Report on lock hospitals in British Burma
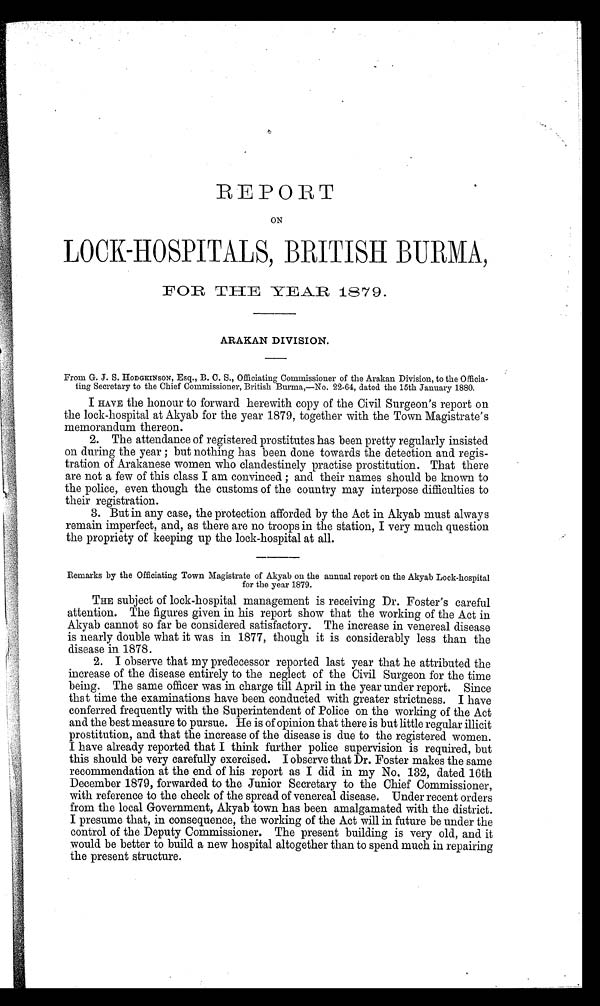
REPORT
ON
LOCK-HOSPITALS, BRITISH BURMA,
FOR THE YEAR 1879.
ARAKAN DIVISION.
From G. J. S. HODGKINSON, Esq., B. C. S., Officiating Commissioner of the Arakan Division, to the Officia-
ting Secretary to the Chief Commissioner, British Burma,—No. 22–64, dated the 15th January 1880.
I HAVE the honour to forward herewith copy of the Civil Surgeon's report on
the lock-hospital at Akyab for the year 1879, together with the Town Magistrate's
memorandum thereon.
2. The attendance of registered prostitutes has been pretty regularly insisted
on during the year ; but nothing has been done towards the detection and regis-
tration of Arakanese women who clandestinely practise prostitution. That there
are not a few of this class I am convinced ; and their names should be known to
the police, even though the customs of the country may interpose difficulties to
their registration.
3. But in any case, the protection afforded by the Act in Akyab must always
remain imperfect, and, as there are no troops in the station, I very much question
the propriety of keeping up the lock-hospital at all.
Remarks by the Officiating Town Magistrate of Akyab on the annual report on the Akyab Lock-hospital
for the year 1879.
THE subject of lock-hospital management is receiving Dr. Foster's careful
attention. The figures given in his report show that the working of the Act in
Akyab cannot so far be considered satisfactory. The increase in venereal disease
is nearly double what it was in 1877, though it is considerably less than the
disease in 1878.
2. I observe that my predecessor reported last year that he attributed the
increase of the disease entirely to the neglect of the Civil Surgeon for the time
being. The same officer was in charge till April in the year under report. Since
that time the examinations have been conducted with greater strictness. I have
conferred frequently with the Superintendent of Police on the working of the Act
and the best measure to pursue. He is of opinion that there is but little regular illicit
prostitution, and that the increase of the disease is due to the registered women.
I have already reported that I think further police supervision is required, but
this should be very carefully exercised. I observe that Dr. Foster makes the same
recommendation at the end of his report as I did in my No, 132, dated 16th
December 1879, forwarded to the Junior Secretary to the Chief Commissioner,
with reference to the check of the spread of venereal disease. Under recent orders
from the local Government, Akyab town has been amalgamated with the district.
I presume that, in consequence, the working of the Act will in future be under the
control of the Deputy Commissioner. The present building is very old, and it
would be better to build a new hospital altogether than to spend much in repairing
the present structure.